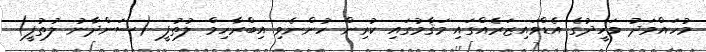
މުހައްމަދު ވަހީދުގެ އެޑްވައިޒަރެއްގައި މަޤާމުގައި ކުރިން ހުންނެވި އިބްރާހިމް ލުތުފީ (ސަންދާނު ލުތުފީ)